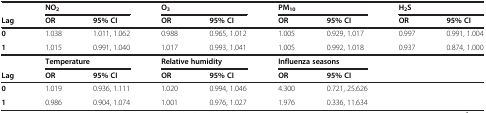
<table><thead><tr><td><b> </b></td><td><b>NO<sub>2</sub></b></td><td><b> </b></td><td><b>O<sub>3</sub></b></td><td><b> </b></td><td><b>PM<sub>10</sub></b></td><td><b> </b></td><td><b>H<sub>2</sub>S</b></td><td><b> </b></td></tr><tr><td><b>Lag</b></td><td><b>OR</b></td><td><b>95% CI</b></td><td><b>OR</b></td><td><b>95% CI</b></td><td><b>OR</b></td><td><b>95% CI</b></td><td><b>OR</b></td><td><b>95% CI</b></td></tr></thead><tbody><tr><td><b>0</b></td><td>1.038</td><td>1.011, 1.062</td><td>0.988</td><td>0.965, 1.012</td><td>1.005</td><td>0.929, 1.017</td><td>0.997</td><td>0.991, 1.004</td></tr><tr><td><b>1</b></td><td>1.015</td><td>0.991, 1.040</td><td>1.017</td><td>0.993, 1.041</td><td>1.005</td><td>0.992, 1.018</td><td>0.937</td><td>0.874, 1.000</td></tr><tr><td> </td><td colspan="2"><b>Temperature</b></td><td colspan="2"><b>Relative humidity</b></td><td colspan="2"><b>Influenza seasons</b></td><td> </td><td> </td></tr><tr><td><b>Lag</b></td><td><b>OR</b></td><td><b>95% CI</b></td><td><b>OR</b></td><td><b>95% CI</b></td><td><b>OR</b></td><td><b>95% CI</b></td><td> </td><td> </td></tr><tr><td><b>0</b></td><td>1.019</td><td>0.936, 1.111</td><td>1.020</td><td>0.994, 1.046</td><td>4.300</td><td>0.721, 25.626</td><td> </td><td> </td></tr><tr><td><b>1</b></td><td>0.986</td><td>0.904, 1.074</td><td>1.001</td><td>0.976, 1.027</td><td>1.976</td><td>0.336, 11.634</td><td> </td><td> </td></tr></tbody></table>